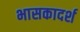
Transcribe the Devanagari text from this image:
भासकादर्श